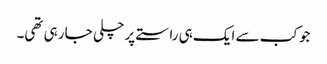
جو کب سے ایک ہی راستے پر چلی جا رہی تھی۔